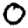
Digit: 0